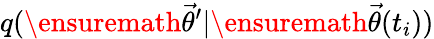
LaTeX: q(\ensuremath{\vec{\theta}}^{\prime}|\ensuremath{\vec{\theta}}(t_{i}))